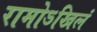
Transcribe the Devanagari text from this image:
रामोऽखिलं